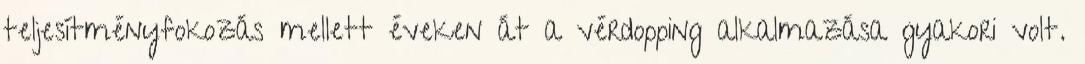
teljesítményfokozás mellett éveken át a vérdopping alkalmazása gyakori volt.